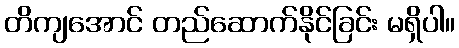
တိကျအောင် တည်ဆောက်နိုင်ခြင်း မရှိပါ။